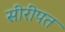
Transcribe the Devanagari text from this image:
सीरीपत